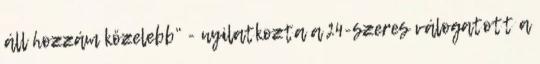
áll hozzám közelebb” - nyilatkozta a 24-szeres válogatott a